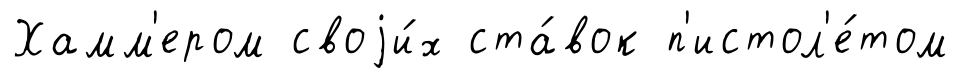
Хамм'ером своjи́х ста́вок п'истол'е́том